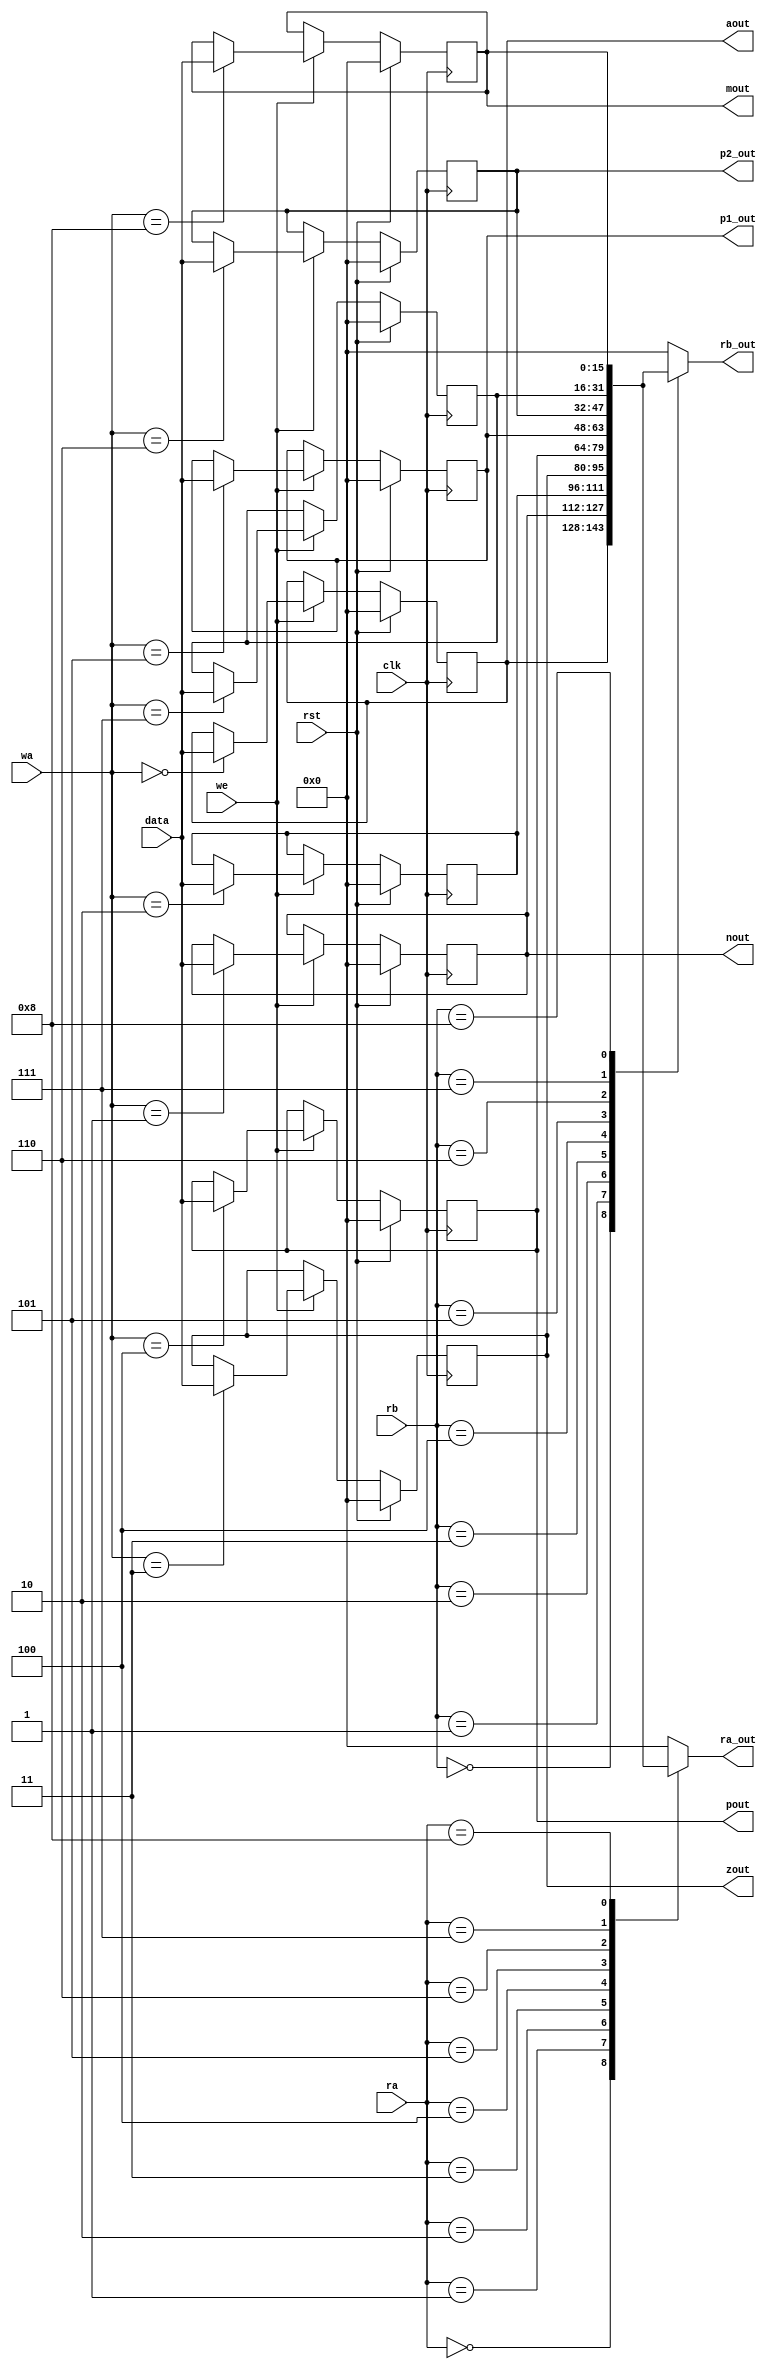
/*
   This file was generated automatically by the Mojo IDE version B1.3.6.
   Do not edit this file directly. Instead edit the original Lucid source.
   This is a temporary file and any changes made to it will be destroyed.
*/

module game_miniRegfiles_19 (
    input clk,
    input rst,
    input [3:0] wa,
    input we,
    input [15:0] data,
    input [3:0] ra,
    input [3:0] rb,
    output reg [15:0] ra_out,
    output reg [15:0] rb_out,
    output reg [15:0] aout,
    output reg [15:0] nout,
    output reg [15:0] zout,
    output reg [15:0] p1_out,
    output reg [15:0] p2_out,
    output reg [15:0] pout,
    output reg [15:0] mout
  );
  
  
  
  reg [15:0] M_a_d, M_a_q = 1'h0;
  reg [15:0] M_n_d, M_n_q = 1'h0;
  reg [15:0] M_x_d, M_x_q = 1'h0;
  reg [15:0] M_z_d, M_z_q = 1'h0;
  reg [15:0] M_p_d, M_p_q = 1'h0;
  reg [15:0] M_p1_d, M_p1_q = 1'h0;
  reg [15:0] M_p2_d, M_p2_q = 1'h0;
  reg [15:0] M_tp_d, M_tp_q = 1'h0;
  reg [15:0] M_m_d, M_m_q = 1'h0;
  
  always @* begin
    M_p2_d = M_p2_q;
    M_p1_d = M_p1_q;
    M_tp_d = M_tp_q;
    M_p_d = M_p_q;
    M_a_d = M_a_q;
    M_n_d = M_n_q;
    M_m_d = M_m_q;
    M_z_d = M_z_q;
    M_x_d = M_x_q;
    
    mout = M_m_q;
    pout = M_p_q;
    zout = M_z_q;
    aout = M_a_q;
    nout = M_n_q;
    p1_out = M_p1_q;
    p2_out = M_p2_q;
    if (we) begin
      
      case (wa)
        4'h0: begin
          M_a_d = data;
        end
        4'h1: begin
          M_n_d = data;
        end
        4'h2: begin
          M_x_d = data;
        end
        4'h3: begin
          M_z_d = data;
        end
        4'h4: begin
          M_p_d = data;
        end
        4'h5: begin
          M_p1_d = data;
        end
        4'h6: begin
          M_p2_d = data;
        end
        4'h7: begin
          M_tp_d = data;
        end
        4'h8: begin
          M_m_d = data;
        end
      endcase
    end
    
    case (ra)
      4'h0: begin
        ra_out = M_a_q;
      end
      4'h1: begin
        ra_out = M_n_q;
      end
      4'h2: begin
        ra_out = M_x_q;
      end
      4'h3: begin
        ra_out = M_z_q;
      end
      4'h4: begin
        ra_out = M_p_q;
      end
      4'h5: begin
        ra_out = M_p1_q;
      end
      4'h6: begin
        ra_out = M_p2_q;
      end
      4'h7: begin
        ra_out = M_tp_q;
      end
      4'h8: begin
        ra_out = M_m_q;
      end
      default: begin
        ra_out = 1'h0;
      end
    endcase
    
    case (rb)
      4'h0: begin
        rb_out = M_a_q;
      end
      4'h1: begin
        rb_out = M_n_q;
      end
      4'h2: begin
        rb_out = M_x_q;
      end
      4'h3: begin
        rb_out = M_z_q;
      end
      4'h4: begin
        rb_out = M_p_q;
      end
      4'h5: begin
        rb_out = M_p1_q;
      end
      4'h6: begin
        rb_out = M_p2_q;
      end
      4'h7: begin
        rb_out = M_tp_q;
      end
      4'h8: begin
        rb_out = M_m_q;
      end
      default: begin
        rb_out = 1'h0;
      end
    endcase
  end
  
  always @(posedge clk) begin
    if (rst == 1'b1) begin
      M_a_q <= 1'h0;
      M_n_q <= 1'h0;
      M_x_q <= 1'h0;
      M_z_q <= 1'h0;
      M_p_q <= 1'h0;
      M_p1_q <= 1'h0;
      M_p2_q <= 1'h0;
      M_tp_q <= 1'h0;
      M_m_q <= 1'h0;
    end else begin
      M_a_q <= M_a_d;
      M_n_q <= M_n_d;
      M_x_q <= M_x_d;
      M_z_q <= M_z_d;
      M_p_q <= M_p_d;
      M_p1_q <= M_p1_d;
      M_p2_q <= M_p2_d;
      M_tp_q <= M_tp_d;
      M_m_q <= M_m_d;
    end
  end
  
endmodule